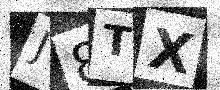
Text: J8TX